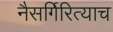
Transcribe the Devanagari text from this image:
नैसर्गिरित्याच